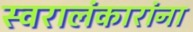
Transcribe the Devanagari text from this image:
स्वरालंकारांना